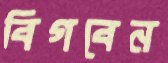
বিগবেন